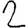
Digit: 2